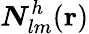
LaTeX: \boldsymbol{N}_{lm}^{h}({\mathbf r})